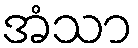
အံသာ